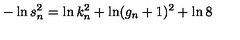
- \ln s _ { n } ^ { 2 } = \ln k _ { n } ^ { 2 } + \ln ( g _ { n } + 1 ) ^ { 2 } + \ln 8